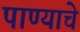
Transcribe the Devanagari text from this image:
पाण्‍याचे